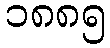
၁၈၈၅